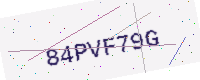
Text: 84PVF79G